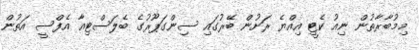
މިމުބާރާތުން ނިއު ކެޓީ އިއްޔެ ރަށުން ބޭރުގައި ސިންގަޕޫރުގެ ބެލަސްޓިއާ އެފްސީ އަތުން